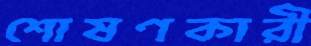
শোষণকারী